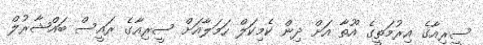
ސީރިއާގެ އިރުމަތީގެ އޫތާ އަށް ދިން ކެމިކަލް ހަމަލާއަށް ސީރިއާގެ ރައީސް ބައްޝާރުލް